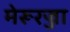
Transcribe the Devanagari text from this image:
मेरूरज्जा